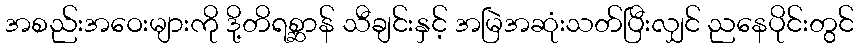
အစည်းအဝေးများကို ဒို့တိရစ္ဆာန် သီချင်းနှင့် အမြဲအဆုံးသတ်ပြီးလျှင် ညနေပိုင်းတွင်